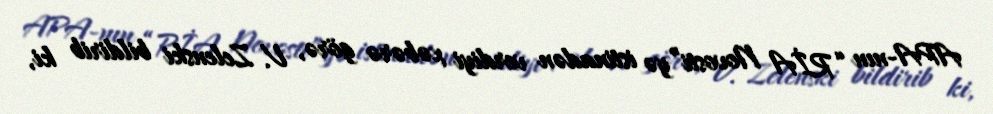
APA-nın “RİA Novosti”yə istinadən verdiyi xəbərə görə, V. Zelenski bildirib ki,